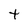
Character: t